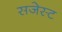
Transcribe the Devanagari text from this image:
सजेस्ट